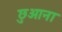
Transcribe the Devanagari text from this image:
छुआना